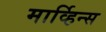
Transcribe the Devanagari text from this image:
मार्व्हिन्स